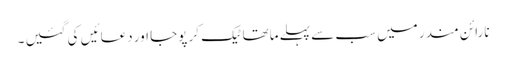
نارائن مندر میں سب سے پہلے ماتھا ٹیک کر پوجا اور دعائیں کی گئیں ۔